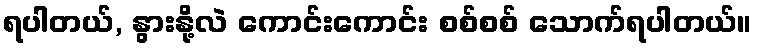
ရပါတယ်, နွားနို့လဲ ကောင်းကောင်း စစ်စစ် သောက်ရပါတယ်။